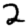
Digit: 2